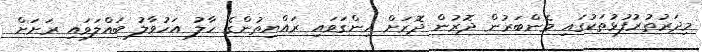
މިދަރުތުރުފުޅުތަކުގައި މެންބަރުން ދޮރުން ދޮރަށް ހިންގަވައި ރައްޔިތުންގެ ހާލު އަހުވާލު ބައްލަވައި ރަށަށް